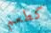
كطعم